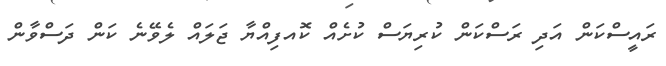
ރައީސްކަން އަދި ރަސްކަން ކުރިޔަސް ކުށެއް ކޮއފިއްޔާ ޖަލައް ލެވޭނެ ކަން ދަސްވާން